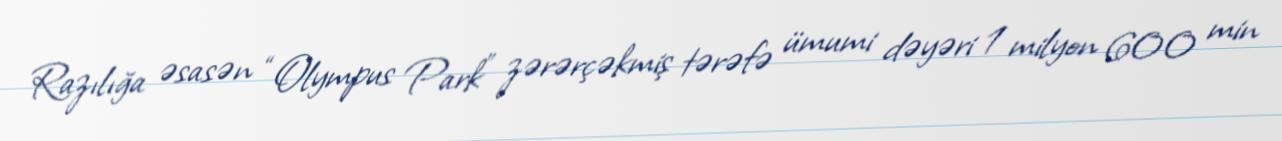
Razılığa əsasən “Olympus Park” zərərçəkmiş tərəfə ümumi dəyəri 1 milyon 600 min